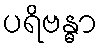
ပရိဗန္ဓာ